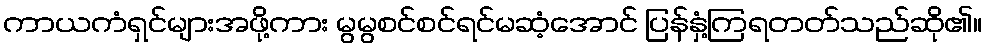
ကာယကံရှင်များအဖို့ကား မွမွစင်စင်ရင်မဆံ့အောင် ပြန်နှံ့ကြရတတ်သည်ဆို၏။